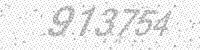
Solution: 913754